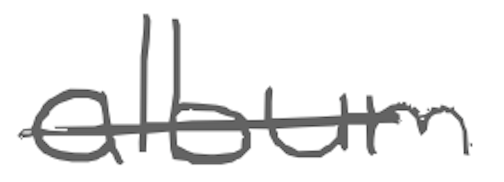
Text: album
Cross-out: single-line
Writing tool: digital_gray